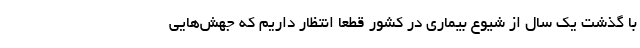
با گذشت یک سال از شیوع بیماری در کشور قطعا انتظار داریم که جهش‌هایی